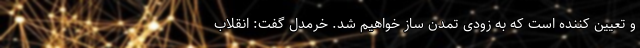
و تعیین کننده است که به زودی تمدن ساز خواهیم شد. خرمدل گفت: انقلاب